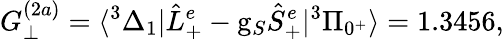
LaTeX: G_{\perp}^{(2a)}=\langle^{3}\Delta_{1}|\hat{L}_{+}^{e}-\mathrm{g}_{S}\hat{S}_{+}^{e}|^{3}\Pi_{0^{+}}\rangle=1.3456,